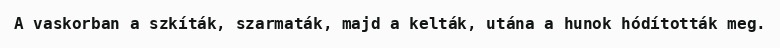
A vaskorban a szkíták, szarmaták, majd a kelták, utána a hunok hódították meg.